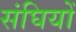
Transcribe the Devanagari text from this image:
संघियों